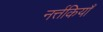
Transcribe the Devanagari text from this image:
नर्त्तकियाँ